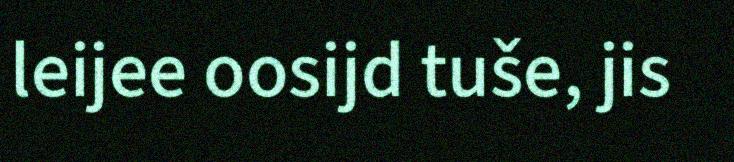
leijee oosijd tuše, jis